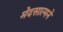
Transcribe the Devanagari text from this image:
मेदसात्मने